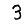
Digit: 3